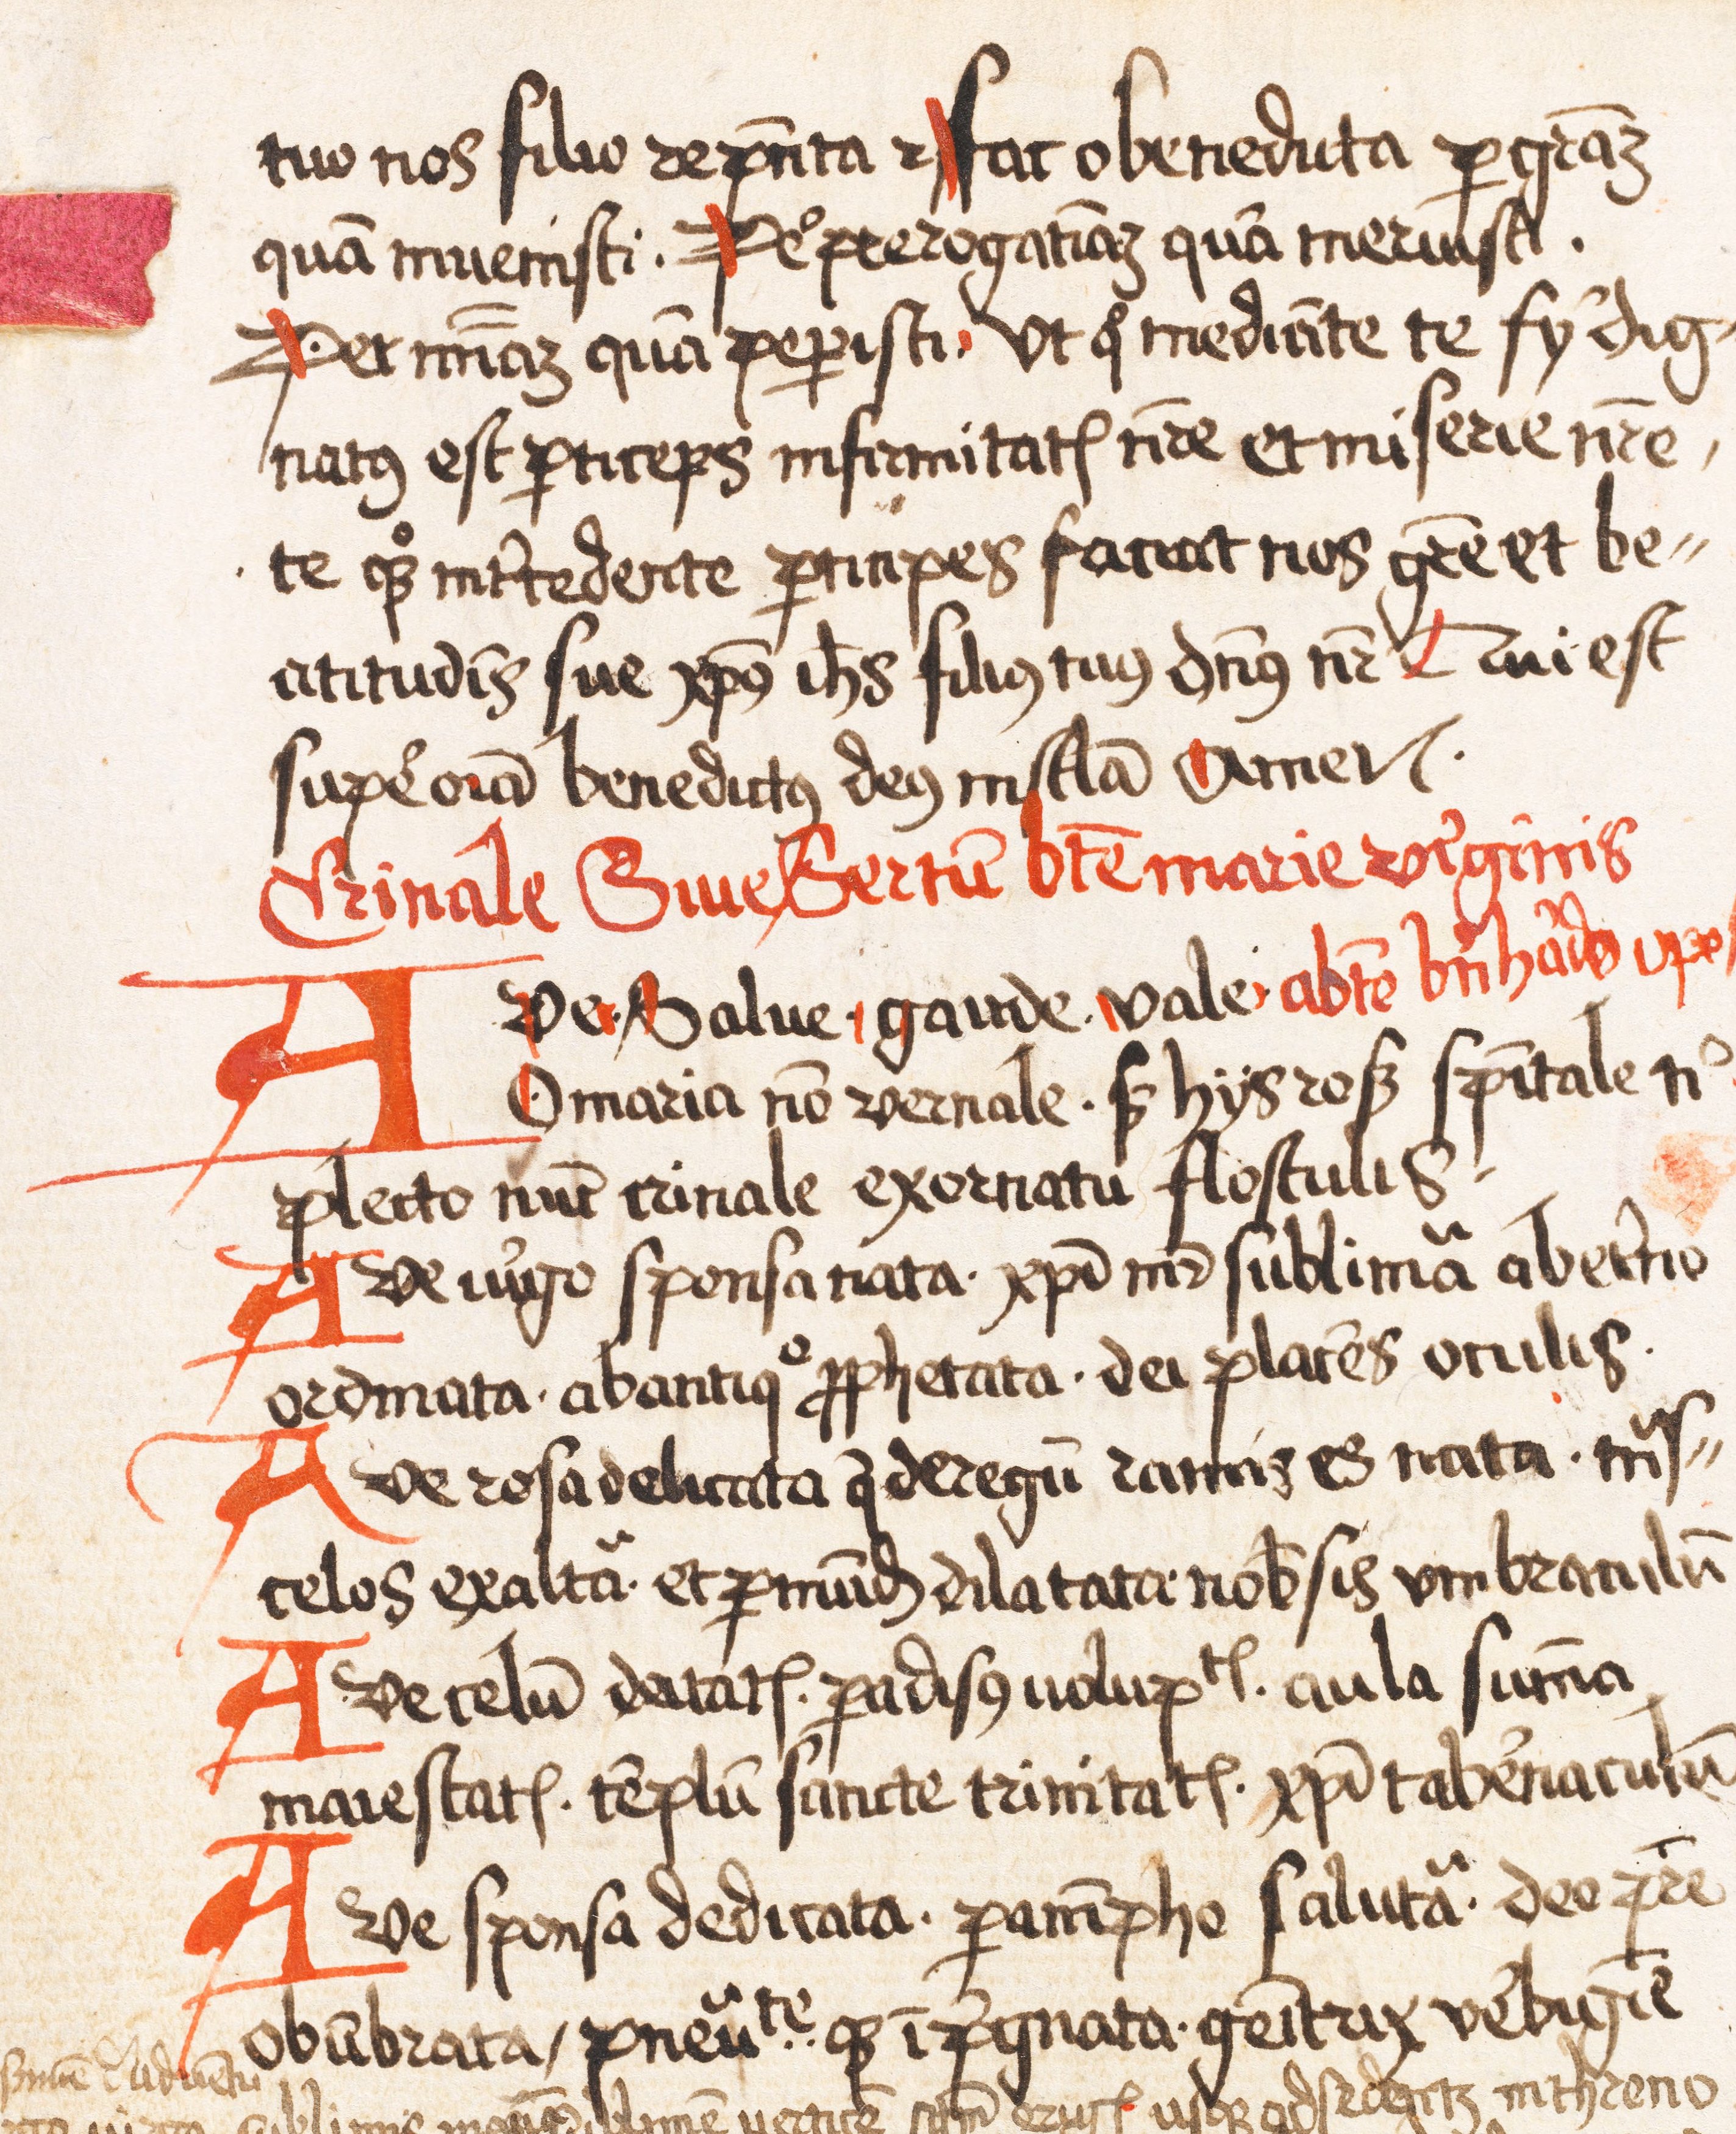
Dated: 1445–1499